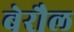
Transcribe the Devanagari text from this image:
बेरौल